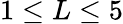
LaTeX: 1\le L\le 5